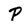
Character: P